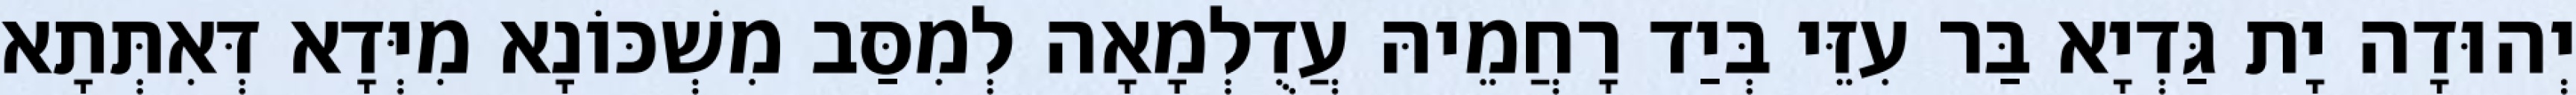
יְהוּדָה יָת גַּדְיָא בַּר עִזֵּי בְּיַד רָחֲמֵיהּ עֲדֻלְמָאָה לְמִסַּב מִשְׁכּוֹנָא מִיְּדָא דְּאִתְּתָא